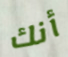
أنك